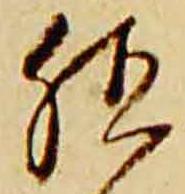
殖